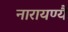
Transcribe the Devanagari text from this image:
नारायण्यै